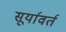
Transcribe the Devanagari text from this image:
सूर्यावर्त